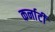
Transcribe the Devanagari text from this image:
कर्नाटी